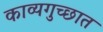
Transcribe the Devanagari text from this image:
काव्यगुच्छात